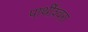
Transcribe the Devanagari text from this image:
पार्थीश्‍वरा